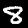
Digit: 8